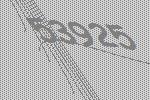
53925